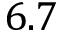
6 . 7